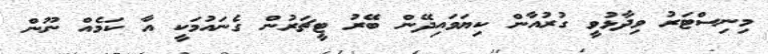
މިނިސްޓަރު ވިދާޅުވީ ގުރުއާން ކިޔަވައިދޭން ބޭރު ޓީޗަރުން ގެނައުމަކީ އާ ކަމެއް ނޫން